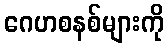
ဂေဟစနစ်များကို